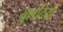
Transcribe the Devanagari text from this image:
बुलंदियाँ